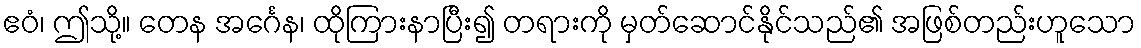
ဧဝံ၊ ဤသို့။ တေန အင်္ဂေန၊ ထိုကြားနာပြီး၍ တရားကို မှတ်ဆောင်နိုင်သည်၏ အဖြစ်တည်းဟူသော